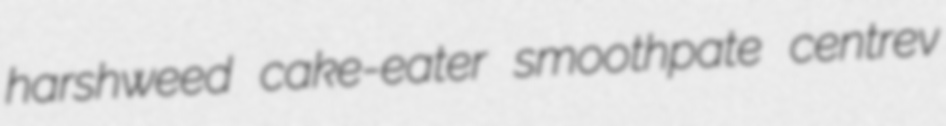
harshweed cake-eater smoothpate centrev